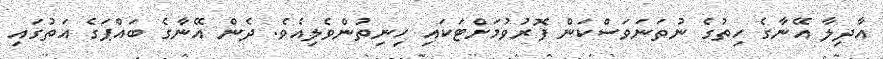
އާދިލާ އޭނާގެ ހިތުގެ ނުތަނަވަސްކަން ފޮރުވުމަށްޓަކައި ހިނިތުންވެލިއެވެ. ދެން އޭނާގެ ބައްޕަގެ އަތުގައި